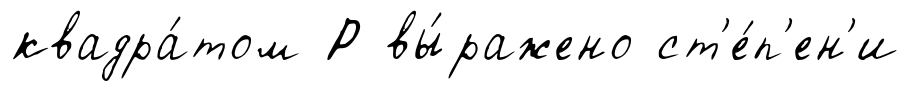
квадра́том Р вы́ражено ст'е́п'ен'и